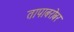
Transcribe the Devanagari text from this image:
तापाबरोबर